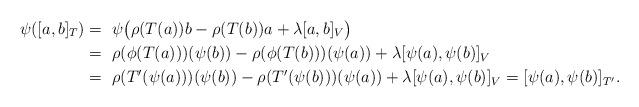
LaTeX: \begin{align*}\psi ([a,b]_T) =~& \psi \big( \rho (T(a))b - \rho (T(b))a + \lambda [a,b]_V \big) \\=~& \rho (\phi(T (a)))(\psi (b)) - \rho (\phi(T (b)))(\psi (a)) + \lambda [\psi (a), \psi (b)]_V \\=~& \rho(T' (\psi (a)))(\psi (b)) - \rho(T'(\psi (b)))(\psi (a)) + \lambda [\psi (a), \psi (b)]_V = [ \psi (a), \psi (b) ]_{T'}.\end{align*}